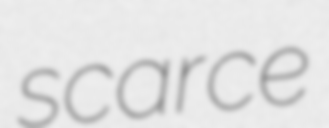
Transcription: scarce